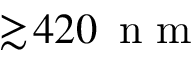
\gtrsim \! 4 2 0 \ensuremath { \, \mathrm { ~ n ~ m ~ } }